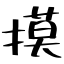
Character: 摸